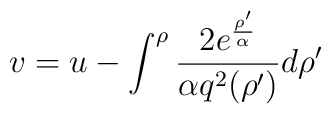
v=u-\int_{}^{\rho}{ 2e^{\rho' \over \alpha} \over \alpha q^2(\rho')} d\rho'